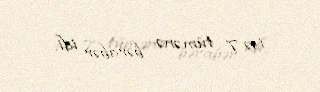
isə 7 tümənə bərabər idi.